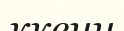
ккенн